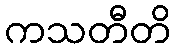
ကသတီတိ